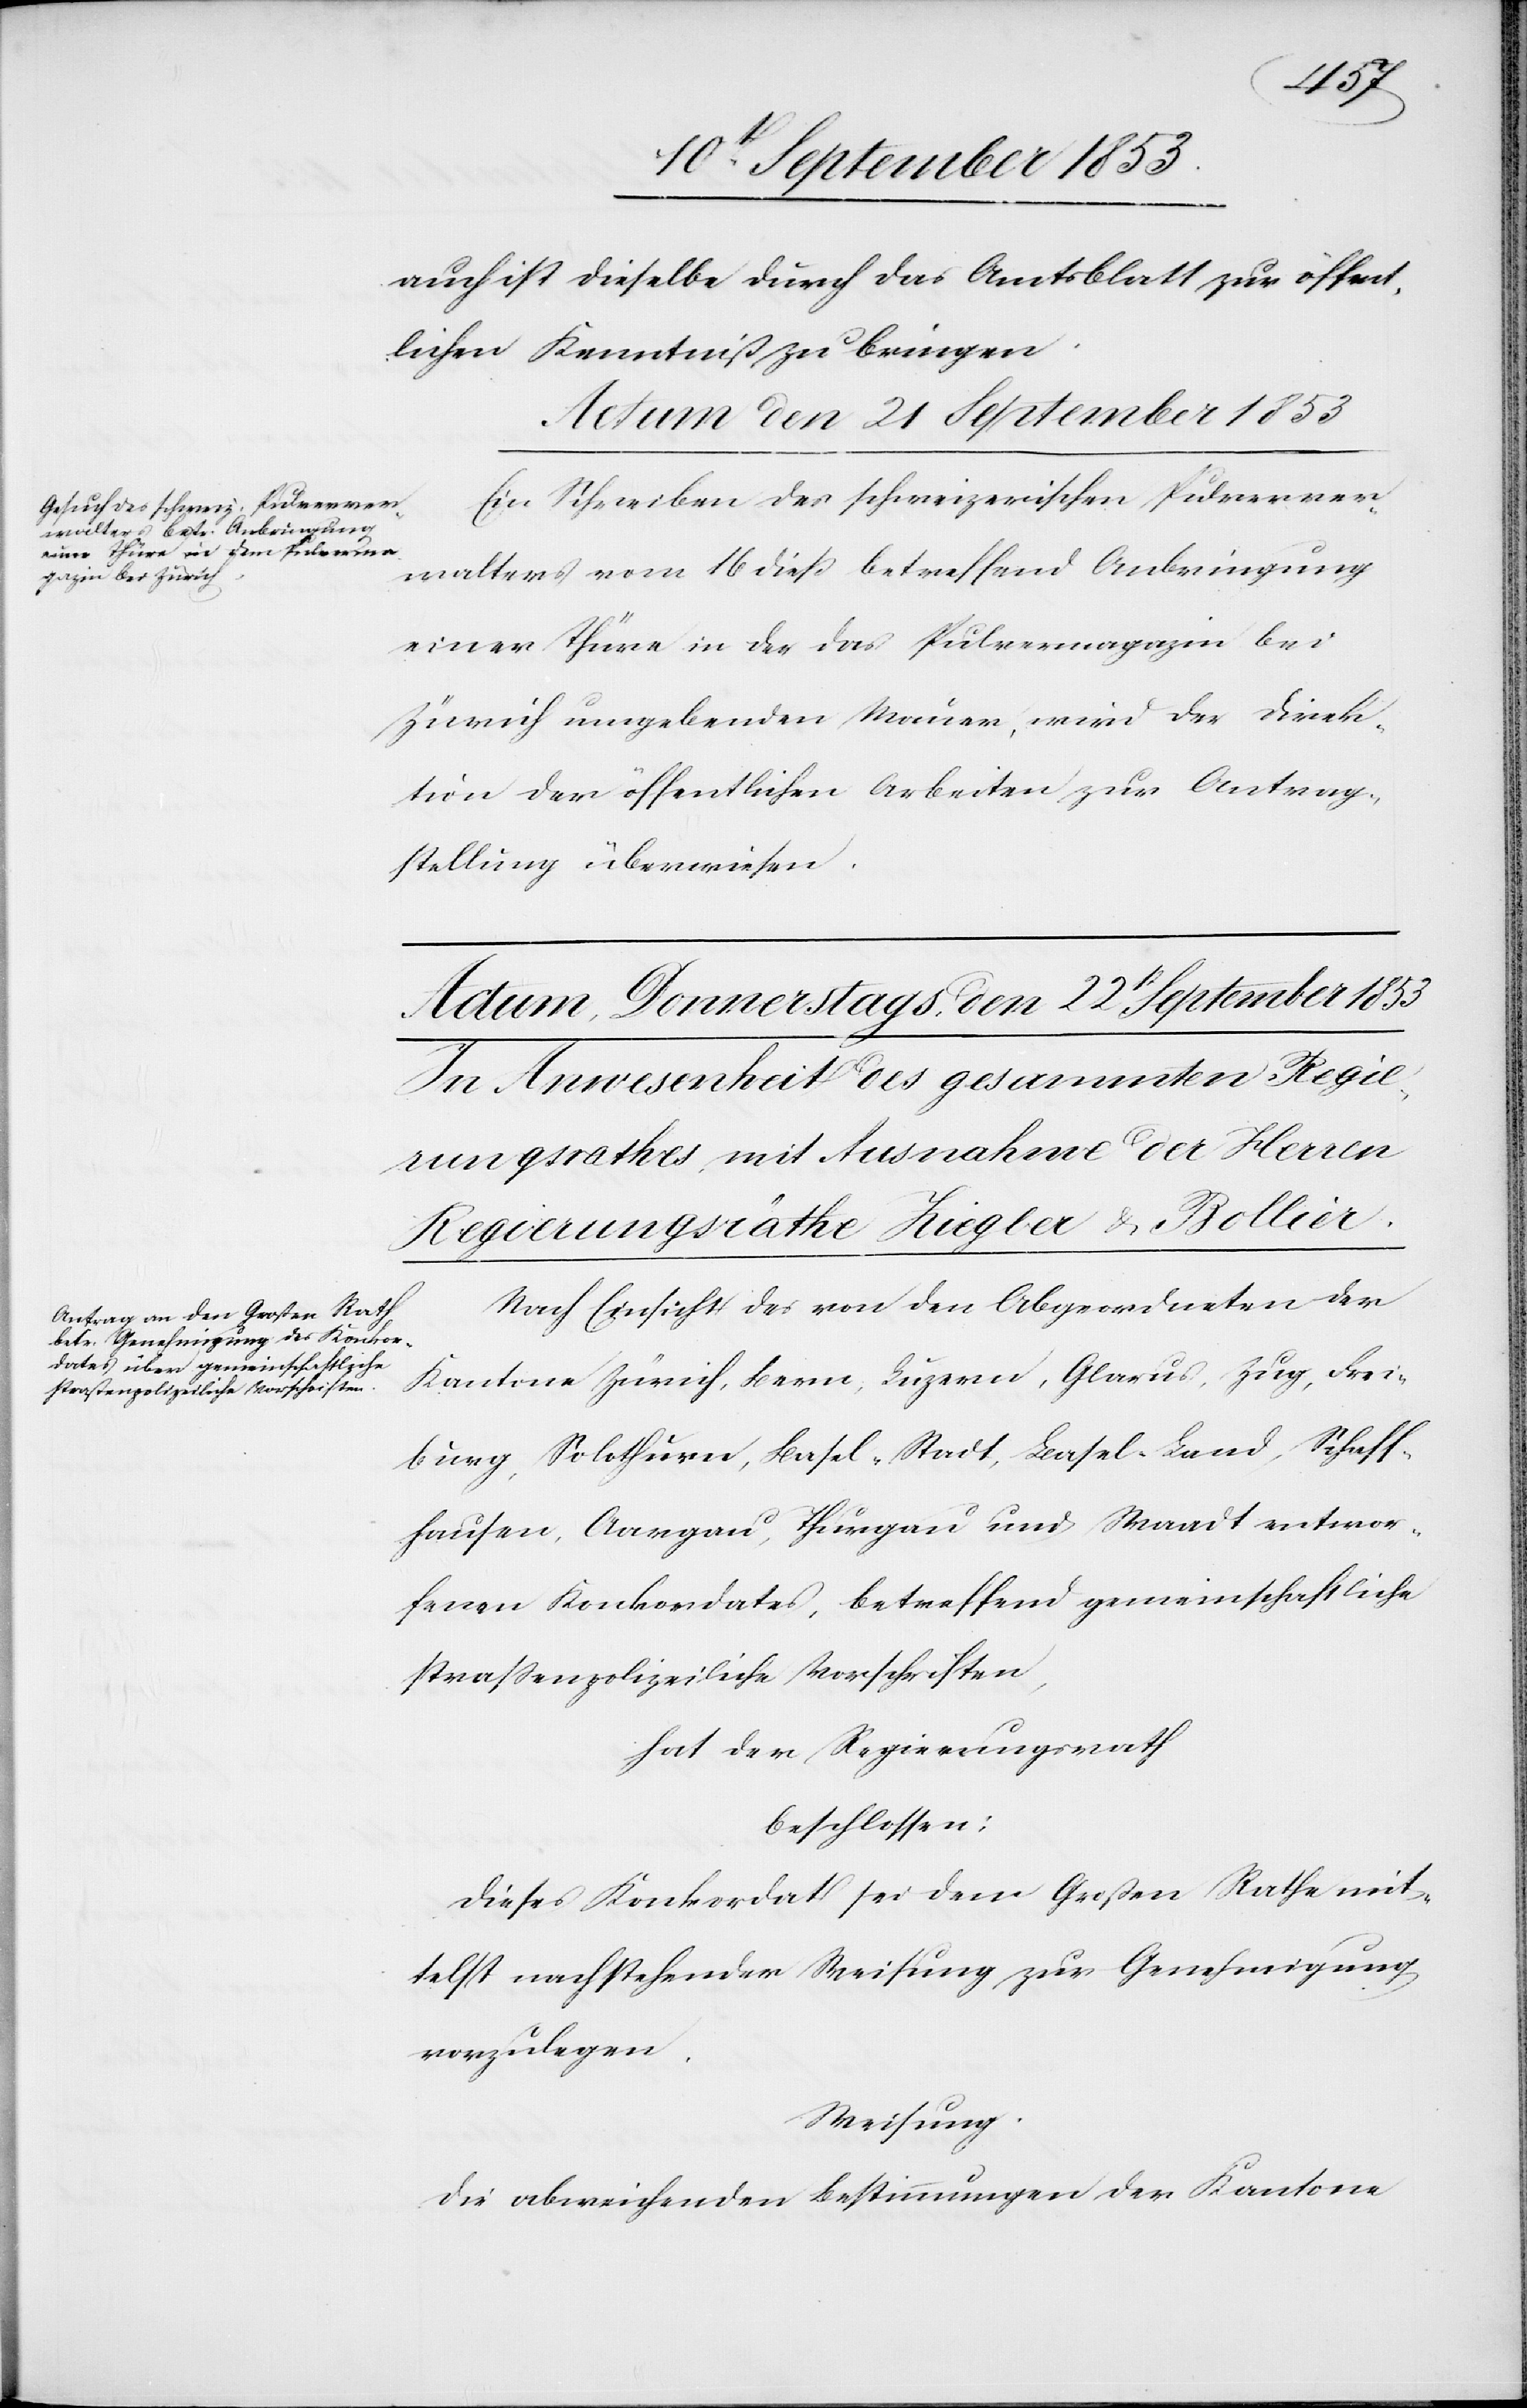
auch ist dieselbe durch das Amtsblatt zur öffent¬
lichen Kenntniß zu bringen.
Actum den 21 September 1853
Ein Schreiben des schweizerischen Pulverver¬
walters vom 16 dieß betreffend Anbringung
einer Thüre in der das Pulvermagazin bei
Zürich umgebenden Mauern, wird der Direk¬
tion der öffentlichen Arbeiten zur Antrag¬
stellung überwiesen.
Nach Einsicht des von den Abgeordneten der
Kantone Zürich, Bern, Luzern, Glarus, Zug, Fri¬
burg, Solothurn, Basel-Stadt, Basel-Land, Schaff¬
hausen, Aargau, Thurgau und Waadt entwor¬
fenen Konkordates, betreffend gemeinschaftliche
straßenpolizeiliche Vorschriften,
hat der Regierungsrath,
beschlossen:
Dieses Konkordat sei dem Großen Rathe mit¬
telst nachstehender Weisung zur Genehmigung
vorzulegen.
Weisung.
Die abweichenden Bestimmungen der Kantone